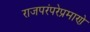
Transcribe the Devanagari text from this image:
राजपरंपरेप्रमाणे